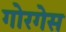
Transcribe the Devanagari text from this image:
गोरगेस